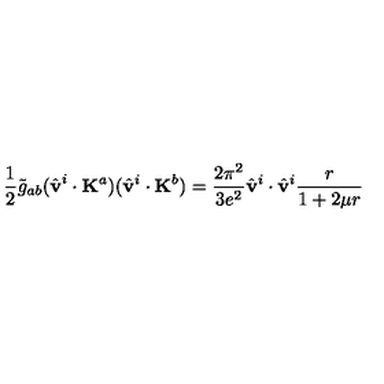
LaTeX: \frac { 1 } { 2 } \tilde { g } _ { a b } ( \hat { \bf v } ^ { i } \cdot { \bf K } ^ { a } ) ( \hat { \bf v } ^ { i } \cdot { \bf K } ^ { b } ) = \frac { 2 \pi ^ { 2 } } { 3 e ^ { 2 } } \hat { \bf v } ^ { i } \cdot \hat { \bf v } ^ { i } \frac { r } { 1 + 2 \mu r }